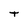
Character: t